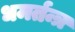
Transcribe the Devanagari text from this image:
धमर्तन्त्र